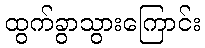
ထွက်ခွာသွားကြောင်း